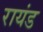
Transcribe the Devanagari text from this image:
रायंड